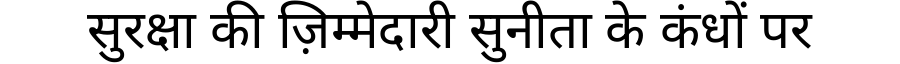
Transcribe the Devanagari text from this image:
सुरक्षा की ज़िम्मेदारी सुनीता के कंधों पर